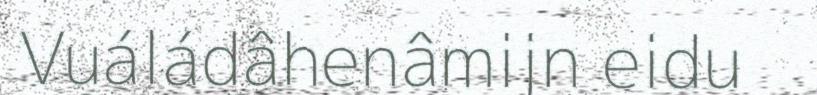
Vuáládâhenâmijn eidu